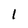
Character: 1